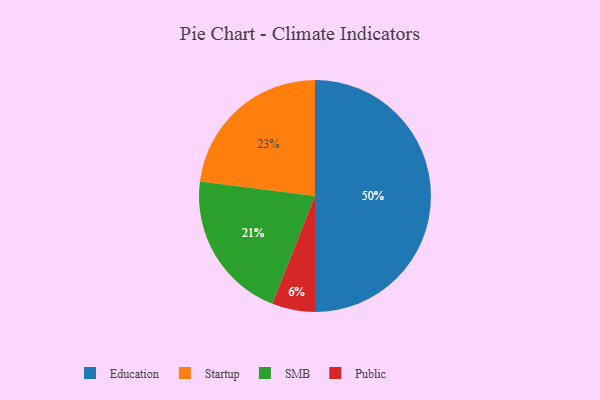
{"axis": {"x": "Category", "y": "Percentage"}, "legend": ["Education", "Public", "SMB", "Startup"], "data": [{"x": "Education", "y": 50, "type": "Education"}, {"x": "SMB", "y": 21, "type": "SMB"}, {"x": "Startup", "y": 23, "type": "Startup"}, {"x": "Public", "y": 6, "type": "Public"}]}